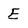
Character: E